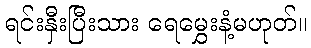
ရင်းနှီးပြီးသား ရေမွှေးနံ့မဟုတ်။